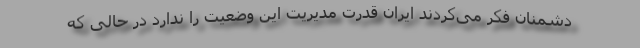
دشمنان فکر می‌کردند ایران قدرت مدیریت این وضعیت را ندارد در حالی که